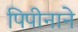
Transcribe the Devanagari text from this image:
पिपीनाने